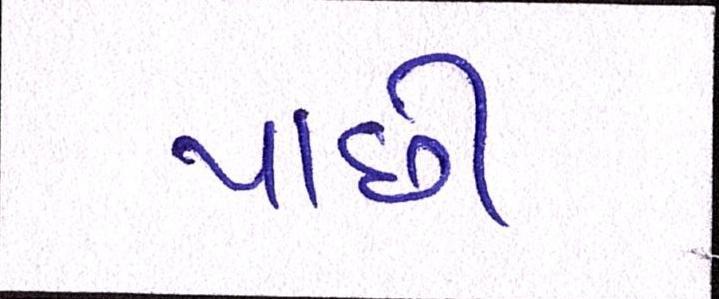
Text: પાછી